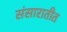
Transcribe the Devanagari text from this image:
संसारातीत